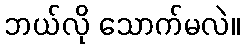
ဘယ်လို သောက်မလဲ။